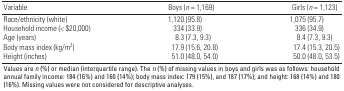
<table><thead><tr><td><b>Variable</b></td><td><b>Boys (<i>n</i> = 1,169)</b></td><td><b>Girls (<i>n</i> = 1,123)</b></td></tr></thead><tbody><tr><td><b>Race/ethnicity (white)</b></td><td>1,120 (95.8)</td><td>1,075 (95.7)</td></tr><tr><td><b>Household income (&lt; $20,000)</b></td><td>334 (33.9)</td><td>336 (34.9)</td></tr><tr><td><b>Age (years)</b></td><td>8.3 (7.3, 9.3)</td><td>8.4 (7.3, 9.3)</td></tr><tr><td><b>Body mass index (kg/m<sup>2</sup>)</b></td><td>17.9 (15.6, 20.8)</td><td>17.4 (15.3, 20.5)</td></tr><tr><td><b>Height (inches)</b></td><td>51.0 (48.0, 54.0)</td><td>50.0 (48.0, 53.5)</td></tr><tr><td colspan="3">Values are <i>n</i> (%) or median (interquartile range). The <i>n</i> (%) of missing values in boys and girls was as follows: household annual family income: 184 (16%) and 160 (14%); body mass index: 179 (15%), and 187 (17%); and height: 168 (14%) and 180 (16%). Missing values were not considered for descriptive analyses.</td></tr></tbody></table>